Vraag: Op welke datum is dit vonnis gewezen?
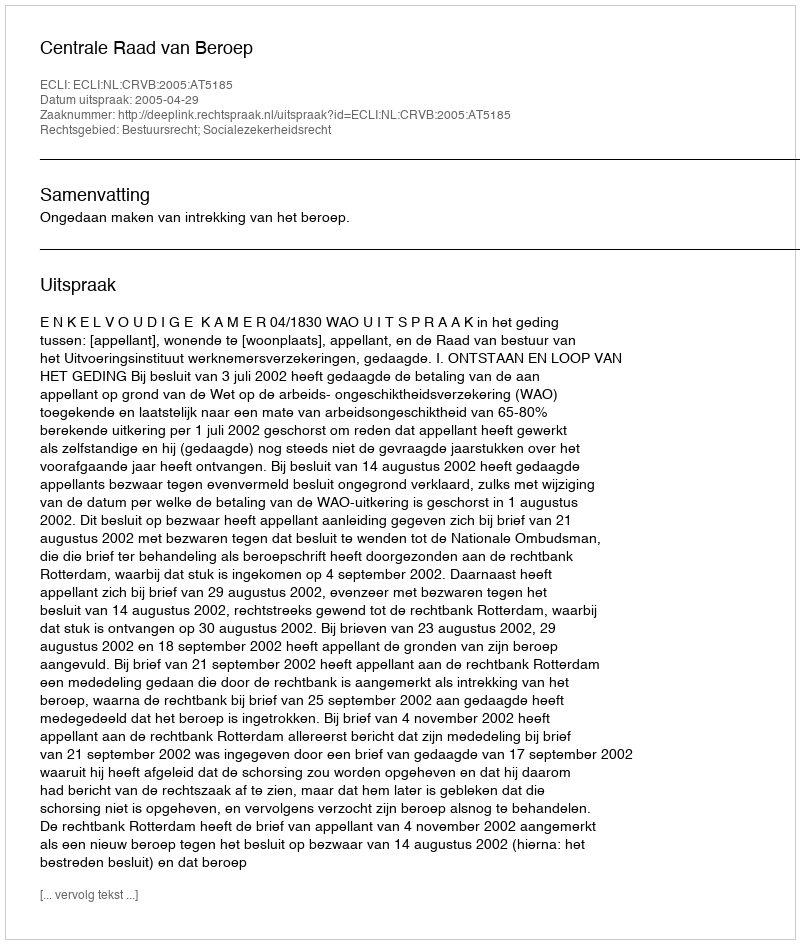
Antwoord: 2005-04-29